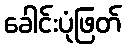
ခေါင်းပုံဖြတ်